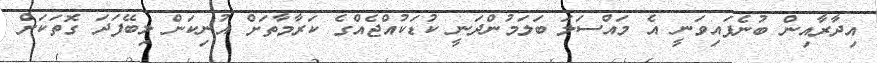
އިދާރާއިން ބުނެފައިވަނީ އެ މައްސަލަ ބަލަމުންދަނީ ކުޑަކުއްޖެއްގެ ކަރާމާތަށް އުނިކަން ލިބޭފަދަ ގޮތަކަށް